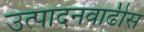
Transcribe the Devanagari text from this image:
उत्पादनवाढीस